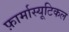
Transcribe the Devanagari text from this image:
फ़ार्मास्यूटिकल